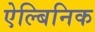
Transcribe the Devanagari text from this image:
ऐल्बिनिक